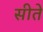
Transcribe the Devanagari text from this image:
सीते